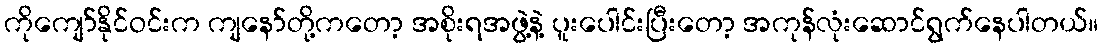
ကိုကျော်နိုင်ဝင်းက ကျနော်တို့ကတော့ အစိုးရအဖွဲ့နဲ့ ပူးပေါင်းပြီးတော့ အကုန်လုံးဆောင်ရွက်နေပါတယ်။